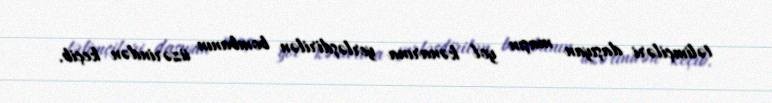
təlimçiləri daşıyan maşın yol kənarına yerləşdirilən bombanın üzərindən keçib.